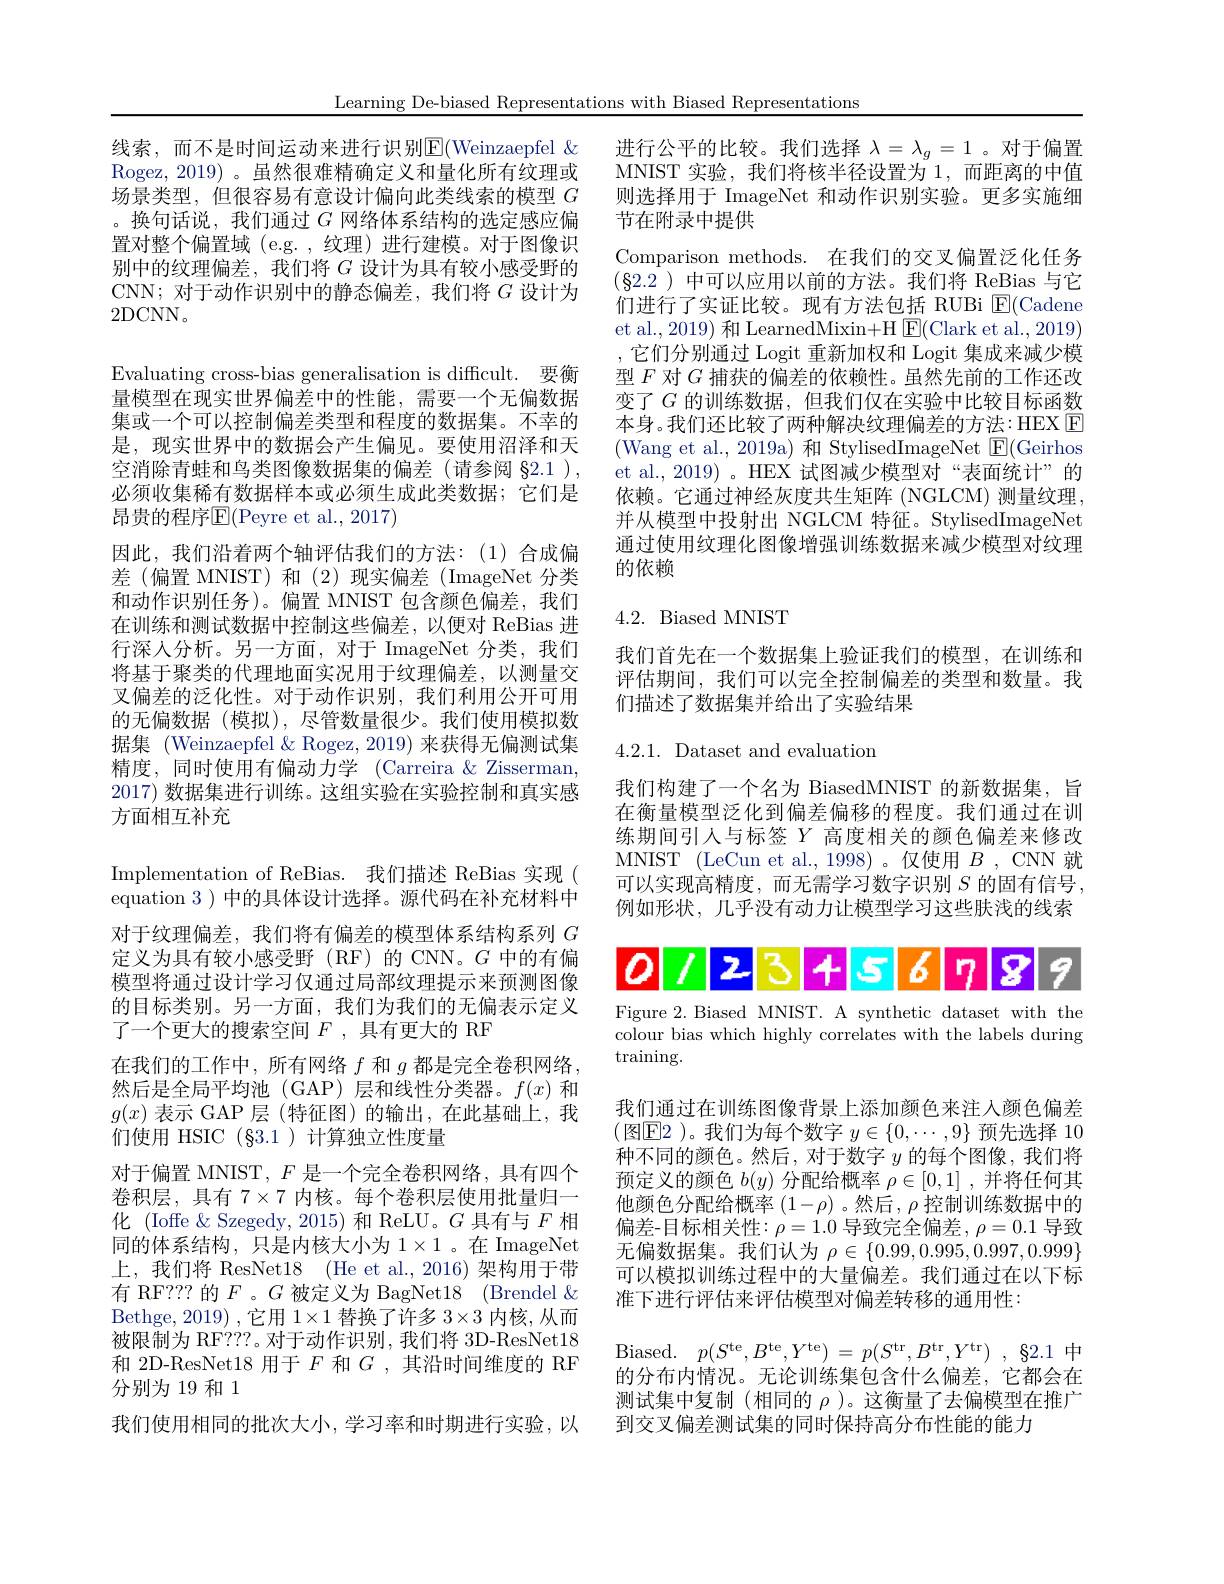
线索，而不是时间运动来进行识别$\mathbb{E}($Weinzaepfel $\&$ Rogez, 2019) 。虽然很难精确定义和量化所有纹理或场景类型，但很容易有意设计偏向此类线索的模型$G$ 。换句话说，我们通过$G$网络体系结构的选定感应偏置对整个偏置域 (e.g. , 纹理) 进行建模。对于图像识别中的纹理偏差，我们将$G$设计为具有较小感受野的CNN;对于动作识别中的静态偏差，我们将$G$ 设计为2DCNN。

Learning De-biased Representations with Biased Representations
Evaluating cross-bias generalisation is difficult. 要衡量模型在现实世界偏差中的性能，需要一个无偏数据集或一个可以控制偏差类型和程度的数据集。不幸的是，现实世界中的数据会产生偏见。要使用沼泽和天空消除青蛙和鸟类图像数据集的偏差(请参阅 §2.1 ), 必须收集稀有数据样本或必须生成此类数据；它们是昂贵的程序$\operatorname{E}($Peyre et al., 2017)
因此，我们沿着两个轴评估我们的方法：(1)合成偏差(偏置 MNIST)和(2)现实偏差(ImageNet 分类和动作识别任务)。偏置 MNIST 包含颜色偏差，我们在训练和测试数据中控制这些偏差，以便对 ReBias 进行深人分析。另一方面，对于 ImageNet 分类，我们将基于聚类的代理地面实况用于纹理偏差，以测量交叉偏差的泛化性。对于动作识别，我们利用公开可用的无偏数据 (模拟),尽管数量很少。我们使用模拟数据集 (Weinzaepfel &Rogez, 2019) 来获得无偏测试集精度，同时使用有偏动力学 (Carreira & Zisserman, 2017) 数据集进行训练。这组实验在实验控制和真实感方面相互补充
Implementation of ReBias. 我们描述 ReBias 实现( equation 3 ) 中的具体设计选择。源代码在补充材料中对于纹理偏差，我们将有偏差的模型体系结构系列$G$ 定义为具有较小感受野(RF)的 CNN。$G$中的有偏模型将通过设计学习仅通过局部纹理提示来预测图像的目标类别。另一方面，我们为我们的无偏表示定义了一个更大的搜索空间$F$ ,具有更大的 RF
在我们的工作中，所有网络$f$和$g$都是完全卷积网络， 然后是全局平均池(GAP)层和线性分类器。$f(x)$和$g(x)$表示 GAP 层 (特征图)的输出，在此基础上，我们使用 HSIC (§3.1)计算独立性度量
对于偏置 MNIST, $F$是一个完全卷积网络，具有四个卷积层，具有$7\times7$内核。每个卷积层使用批量归一化 (Ioffe &Szegedy, 2015) 和 ReLU。$G$具有与$F$相同的体系结构，只是内核大小为1$\times1$。在 ImageNet 上，我们将 ResNet18 (He et al.,2016)架构用于带有 RF??? 的$F$ 。$G$被定义为 BagNet18 (Brendel & Bethge, 2019) ,它用$1\times1$替换了许多 3×3 内核，从而被限制为 RF???。对于动作识别，我们将 3D-ResNet18和 2D-ResNet18 用于$F$和$G$,其沿时间维度的 RF 分别为19 和 1
我们使用相同的批次大小，学习率和时期进行实验，以

进行公平的比较。我们选择$\lambda=\lambda_g=1$ 。对于偏置MNIST 实验，我们将核半径设置为1，而距离的中值则选择用于 ImageNet 和动作识别实验。更多实施细节在附录中提供
Comparison methods. 在我们的交叉偏置泛化任务$(\S2.2)$中可以应用以前的方法。我们将 ReBias 与它们进行了实证比较。现有方法包括 RUBi $\underline{\mathrm{E}}($Cadene et al., 2019) 和 LearnedMixin+H $\boxed{\mathrm{E}}($Clark et al., 2019) ,它们分别通过 Logit 重新加权和 Logit 集成来减少模型$F$对$G$捕获的偏差的依赖性。虽然先前的工作还改变了$G$的训练数据，但我们仅在实验中比较目标函数本身。我们还比较了两种解决纹理偏差的方法：HEX $\boxed{\mathrm{E}}$ (Wang et al., 2019a) 和 StylisedImageNet $\boxed{\mathrm{F}}($Geirhos et al.,2019)。HEX 试图减少模型对“表面统计”的依赖。它通过神经灰度共生矩阵(NGLCM) 测量纹理并从模型中投射出 NGLCM 特征。StylisedImageNet 通过使用纹理化图像增强训练数据来减少模型对纹理的依赖

## 4.2. Biased MNIST

我们首先在一个数据集上验证我们的模型，在训练和评估期间，我们可以完全控制偏差的类型和数量。我们描述了数据集并给出了实验结果

4.2.1. Dataset and evaluation

我们构建了一个名为 BiasedMNIST 的新数据集，旨在衡量模型泛化到偏差偏移的程度。我们通过在训练期间引人与标签$Y$高度相关的颜色偏差来修改MNIST (LeCun et al., 1998)。仅使用$B$, CNN 就可以实现高精度，而无需学习数字识别$S$的固有信号， 例如形状，几乎没有动力让模型学习这些肤浅的线索

<FigureHere>

Figure 2. Biased MNIST. A synthetic dataset with the colour bias which highly correlates with the labels during training.

我们通过在训练图像背景上添加颜色来注入颜色偏差(图$\boxed{\mathrm{F}}2$ )。我们为每个数字 $y\in\{0,\cdots,9\}$ 预先选择 10种不同的颜色。然后，对于数字$y$的每个图像，我们将预定义的颜色$b(y)$分配给概率$\rho\in[0,1]$ ,并将任何其他颜色分配给概率$(1-\rho)$ 。然后$,\rho$控制训练数据中的偏差-目标相关性$:\rho=1.0$ 导致完全偏差$,\rho=0.1$ 导致无偏数据集。我们认为$\rho\in\{0.99,0.995,0.997,0.999\}$ 可以模拟训练过程中的大量偏差。我们通过在以下标准下进行评估来评估模型对偏差转移的通用性：

${\mathrm{Biased. }}$ $p( S^{\mathrm{te}}, B^{\mathrm{te}}, Y^{\mathrm{te}})$ = $p( S^{\mathrm{tr}}, B^{\mathrm{tr}}, Y^{\mathrm{tr}})$ , $\S 2. 1$中

的分布内情况。无论训练集包含什么偏差，它都会在

测试集中复制(相同的$\rho$ )。这衡量了去偏模型在推广

到交叉偏差测试集的同时保持高分布性能的能力